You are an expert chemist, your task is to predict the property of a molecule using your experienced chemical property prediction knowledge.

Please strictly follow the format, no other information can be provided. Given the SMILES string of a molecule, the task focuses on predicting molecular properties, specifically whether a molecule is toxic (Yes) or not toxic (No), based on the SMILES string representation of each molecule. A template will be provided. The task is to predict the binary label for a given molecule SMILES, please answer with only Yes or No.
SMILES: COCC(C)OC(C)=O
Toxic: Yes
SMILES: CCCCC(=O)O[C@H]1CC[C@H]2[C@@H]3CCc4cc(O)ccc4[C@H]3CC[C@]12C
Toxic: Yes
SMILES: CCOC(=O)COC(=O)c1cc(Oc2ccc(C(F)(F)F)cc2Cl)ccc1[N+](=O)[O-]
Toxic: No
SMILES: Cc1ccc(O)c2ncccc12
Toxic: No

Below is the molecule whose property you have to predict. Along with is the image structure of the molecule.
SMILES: CC(CN1c2ccccc2Sc2ccc(S(=O)(=O)N(C)C)cc21)N(C)C
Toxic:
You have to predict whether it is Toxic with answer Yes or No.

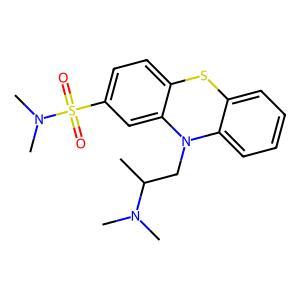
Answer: No